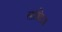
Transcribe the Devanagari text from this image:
सांन्निध्य